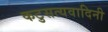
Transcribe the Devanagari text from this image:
कटुसत्यवादिनी